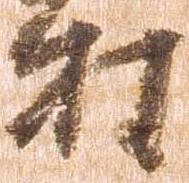
村